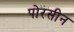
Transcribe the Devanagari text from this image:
पोरसीन